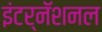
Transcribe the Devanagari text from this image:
इंटर्नॅशनल